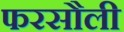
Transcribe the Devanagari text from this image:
फरसौली